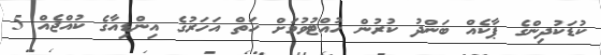
ކުޑަކުދިންގެ ޕާކެއް ބަންދު ކުރުން ހުއްޓުވުމަށް ހަތް އަހަރުގެ އިންޑިއާގެ ކުއްޖެއް 5